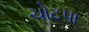
ચોટપા